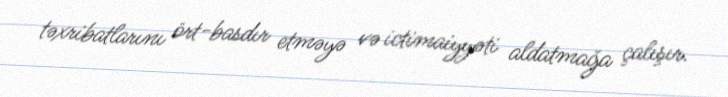
təxribatlarını ört-basdır etməyə və ictimaiyyəti aldatmağa çalışır.